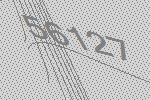
56127